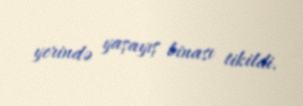
yerində yaşayış binası tikildi.